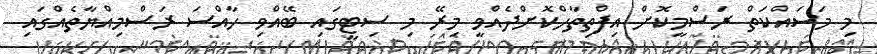
މި މަސައްކަތް ރަސްމީކޮށް އިފްތިތާހްކޮށްދެއްވީ މިރޭ މި ސިޓީގައި ބޭއްވި ހާއްސަ ރަސްމިއްޔާތެއްގައި